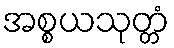
အစ္စယသုတ္တံ